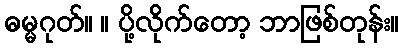
ဓမ္မဂုတ်။ ။ ပို့လိုက်တော့ ဘာဖြစ်တုန်း။